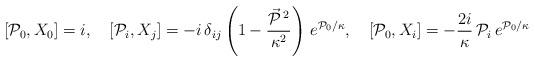
LaTeX: \begin{align*}[{\cal P}_0, X_0] = i, \quad [{\cal P}_i, X_j] = - i\, \delta_{ij} \left(1 - \frac{\vec{{\cal P}}\,{}^2}{\kappa^2}\right)\, e^{{\cal P}_0/\kappa}, \quad [{\cal P}_0, X_i] = -\frac{2i}\kappa\, {\cal P}_i\, e^{{\cal P}_0/\kappa}\end{align*}